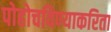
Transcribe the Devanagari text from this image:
पोहोचविण्याकरिता